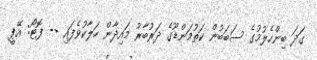
ގަދަ ބިންހެލުމުގެ ސަބަބުން ކަތުމަންޑޫގެ ދަރުބާރު މައިދާން ހަލާކުވެފައި -- ފޮޓޯ: އޭޕީ